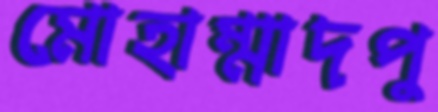
মোহাম্মাদপু